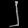
Digit: ၂